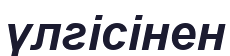
үлгісінен